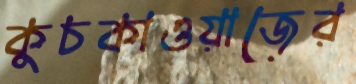
কুচকাওয়াজের